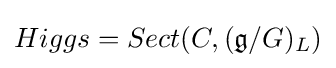
Higgs=Sect(C,({\mathfrak {g}}/G)_{L})